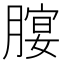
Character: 𦞷